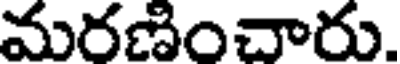
మరణించారు.